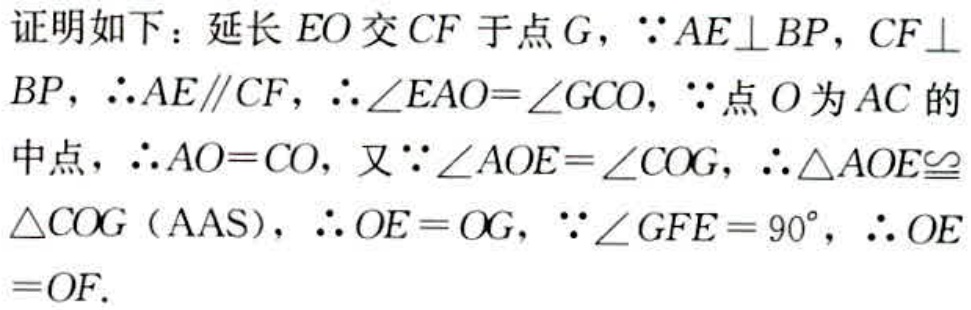
证明如下：延长 \(EO\) 交 \(CF\) 于点 \(G\)，\(\because AE\perp BP\)，\(CF\perp BP\)，\(\therefore AE\parallel CF\)，\(\therefore \angle EAO = \angle GCO\)，\(\because\) 点 \(O\) 为 \(AC\) 的中点，\(\therefore AO = CO\)，又 \(\because \angle AOE=\angle COG\)，\(\therefore \triangle AOE\cong\triangle COG\)（AAS），\(\therefore OE = OG\)，\(\because \angle GFE = 90^{\circ}\)，\(\therefore OE = OF\)。